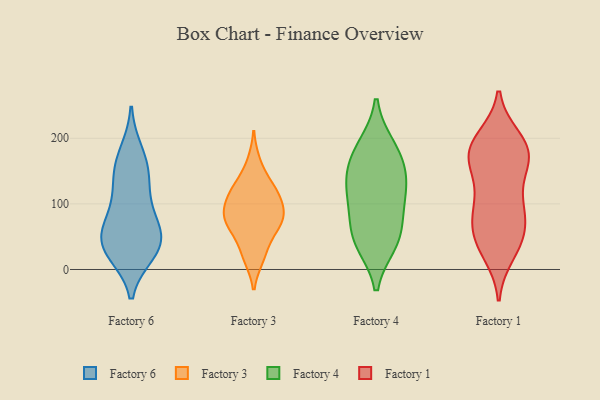
{"axis": {"x": "Tickets Resolved", "y": "Value"}, "legend": ["Factory 1", "Factory 3", "Factory 4", "Factory 6"], "data": [{"x": "", "y": 66, "type": "Factory 6"}, {"x": "", "y": 148, "type": "Factory 6"}, {"x": "", "y": 26, "type": "Factory 6"}, {"x": "", "y": 37, "type": "Factory 6"}, {"x": "", "y": 43, "type": "Factory 6"}, {"x": "", "y": 32, "type": "Factory 6"}, {"x": "", "y": 96, "type": "Factory 6"}, {"x": "", "y": 178, "type": "Factory 6"}, {"x": "", "y": 124, "type": "Factory 6"}, {"x": "", "y": 157, "type": "Factory 6"}, {"x": "", "y": 69, "type": "Factory 6"}, {"x": "", "y": 38, "type": "Factory 6"}, {"x": "", "y": 84, "type": "Factory 3"}, {"x": "", "y": 90, "type": "Factory 3"}, {"x": "", "y": 163, "type": "Factory 3"}, {"x": "", "y": 128, "type": "Factory 3"}, {"x": "", "y": 22, "type": "Factory 3"}, {"x": "", "y": 111, "type": "Factory 3"}, {"x": "", "y": 90, "type": "Factory 3"}, {"x": "", "y": 72, "type": "Factory 3"}, {"x": "", "y": 123, "type": "Factory 3"}, {"x": "", "y": 52, "type": "Factory 3"}, {"x": "", "y": 18, "type": "Factory 3"}, {"x": "", "y": 74, "type": "Factory 3"}, {"x": "", "y": 66, "type": "Factory 3"}, {"x": "", "y": 118, "type": "Factory 3"}, {"x": "", "y": 49, "type": "Factory 4"}, {"x": "", "y": 91, "type": "Factory 4"}, {"x": "", "y": 155, "type": "Factory 4"}, {"x": "", "y": 107, "type": "Factory 4"}, {"x": "", "y": 127, "type": "Factory 4"}, {"x": "", "y": 187, "type": "Factory 4"}, {"x": "", "y": 138, "type": "Factory 4"}, {"x": "", "y": 41, "type": "Factory 4"}, {"x": "", "y": 180, "type": "Factory 4"}, {"x": "", "y": 48, "type": "Factory 4"}, {"x": "", "y": 196, "type": "Factory 1"}, {"x": "", "y": 200, "type": "Factory 1"}, {"x": "", "y": 68, "type": "Factory 1"}, {"x": "", "y": 161, "type": "Factory 1"}, {"x": "", "y": 24, "type": "Factory 1"}, {"x": "", "y": 183, "type": "Factory 1"}, {"x": "", "y": 30, "type": "Factory 1"}, {"x": "", "y": 162, "type": "Factory 1"}, {"x": "", "y": 93, "type": "Factory 1"}, {"x": "", "y": 133, "type": "Factory 1"}, {"x": "", "y": 93, "type": "Factory 1"}, {"x": "", "y": 100, "type": "Factory 1"}, {"x": "", "y": 193, "type": "Factory 1"}, {"x": "", "y": 51, "type": "Factory 1"}, {"x": "", "y": 174, "type": "Factory 1"}, {"x": "", "y": 174, "type": "Factory 1"}, {"x": "", "y": 49, "type": "Factory 1"}, {"x": "", "y": 49, "type": "Factory 1"}, {"x": "", "y": 169, "type": "Factory 1"}, {"x": "", "y": 89, "type": "Factory 1"}]}